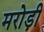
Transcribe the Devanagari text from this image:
मरोड़ी